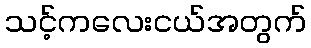
သင့်ကလေးငယ်အတွက်